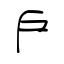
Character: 戶